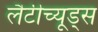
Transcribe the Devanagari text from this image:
लैटीच्यूड्स